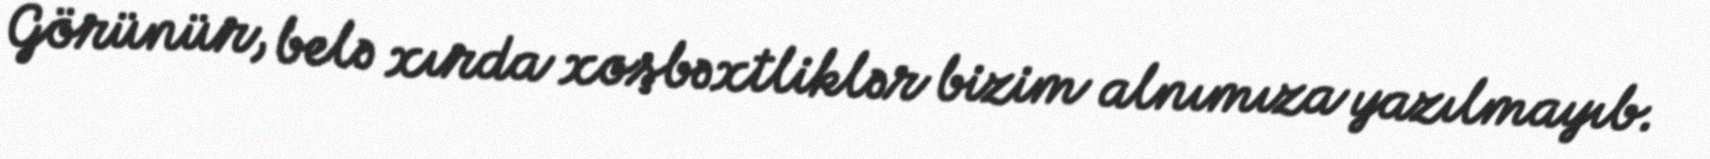
Görünür, belə xırda xoşbəxtliklər bizim alnımıza yazılmayıb.